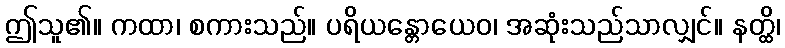
ဤသူ၏။ ကထာ၊ စကားသည်။ ပရိယန္တောယေဝ၊ အဆုံးသည်သာလျှင်။ နတ္ထိ၊